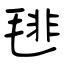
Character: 毴